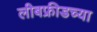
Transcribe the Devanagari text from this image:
लीबफ्रीडच्या